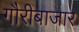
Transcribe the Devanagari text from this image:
गौरीबाजार